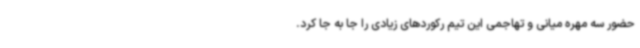
حضور سه مهره میانی و تهاجمی این تیم رکوردهای زیادی را جا به جا کرد.